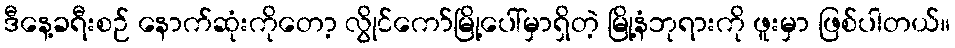
ဒီနေ့ခရီးစဉ် နောက်ဆုံးကိုတော့ လွိုင်ကော်မြို့ပေါ်မှာရှိတဲ့ မြို့နံဘုရားကို ဖူးမှာ ဖြစ်ပါတယ်။